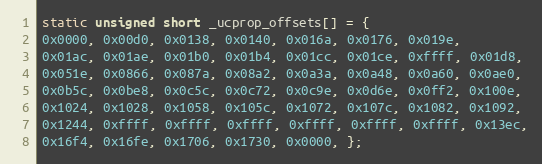
Language: C
static unsigned short _ucprop_offsets[] = {
0x0000, 0x00d0, 0x0138, 0x0140, 0x016a, 0x0176, 0x019e,
0x01ac, 0x01ae, 0x01b0, 0x01b4, 0x01cc, 0x01ce, 0xffff, 0x01d8,
0x051e, 0x0866, 0x087a, 0x08a2, 0x0a3a, 0x0a48, 0x0a60, 0x0ae0,
0x0b5c, 0x0be8, 0x0c5c, 0x0c72, 0x0c9e, 0x0d6e, 0x0ff2, 0x100e,
0x1024, 0x1028, 0x1058, 0x105c, 0x1072, 0x107c, 0x1082, 0x1092,
0x1244, 0xffff, 0xffff, 0xffff, 0xffff, 0xffff, 0xffff, 0x13ec,
0x16f4, 0x16fe, 0x1706, 0x1730, 0x0000, };